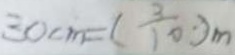
3 0 c m = ( \frac { 3 } { 1 0 } \cdot ) m